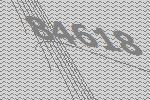
84618